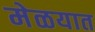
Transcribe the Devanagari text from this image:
मेळयात